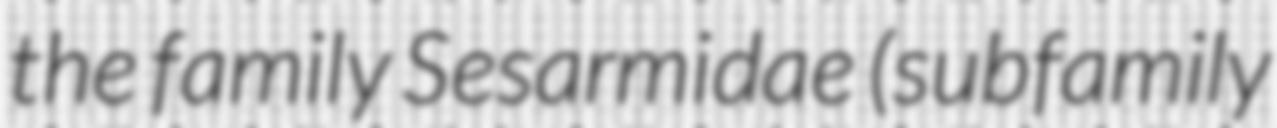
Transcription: the family Sesarmidae (subfamily